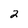
Character: 2